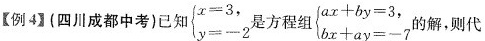
【例4】(四川成都中考)已知$$\begin { cases } x = 3 , \\ y = - 2 \end {cases}是方程组$$\begin { cases } a x + b y = 3 ,